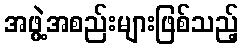
အဖွဲ့အစည်းများဖြစ်သည့်